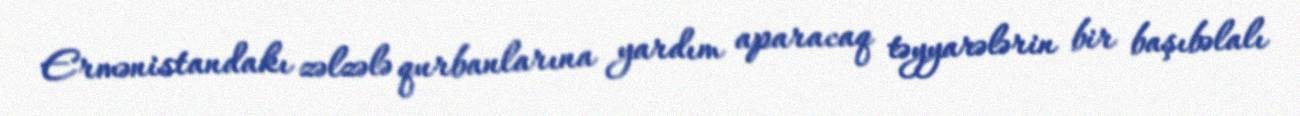
Ermənistandakı zəlzələ qurbanlarına yardım aparacaq təyyarələrin bir başıbəlalı